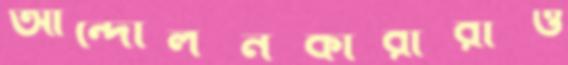
আন্দোলনকারীরাও